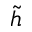
\widetilde { h }